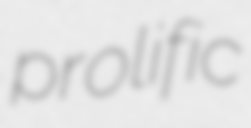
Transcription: prolific